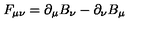
F _ { \mu \nu } = \partial _ { \mu } B _ { \nu } - \partial _ { \nu } B _ { \mu } \qquad